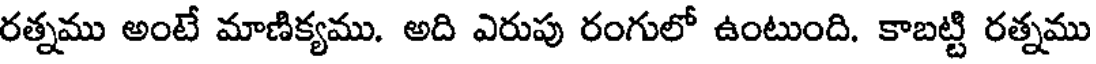
రత్నము అంటే మాణిక్యము. అది ఎరుపు రంగులో ఉంటుంది. కాబట్టి రత్నము